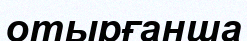
отырғанша